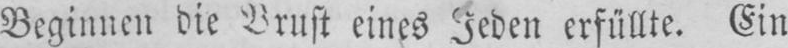
Beginnen die Brust eines Jeden erfüllte. Ein